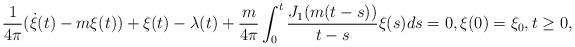
LaTeX: \begin{align*}\frac {1}{4\pi}(\dot\xi(t)-m\xi(t))+\xi(t)-\lambda(t)+\frac{m}{4\pi}\int_0^t\frac{J_1(m(t-s))}{t-s}\xi(s)ds=0,\xi(0)=\xi_{0},t\ge 0,\end{align*}